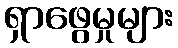
ရှာဖွေမှုများ